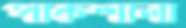
পাকশালা